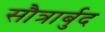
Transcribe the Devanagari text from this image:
सौत्रार्बुद